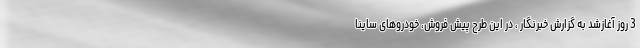
3 روز آغازشد به گزارش خبرنگار ، در این طرح پیش فروش، خودروهای ساینا